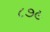
૮૭૯